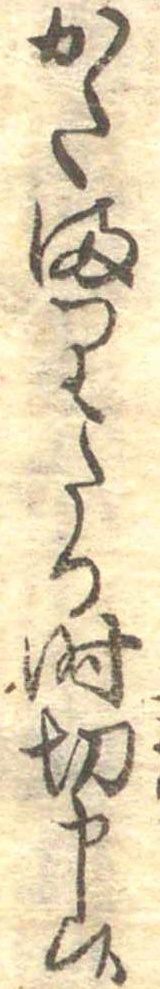
かたまりたる時切申候